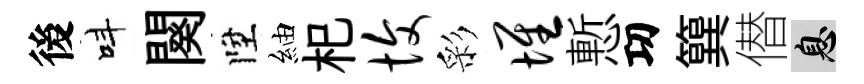
後呌闋陞紬𣏌愎彩堆慙㓛簨僣息